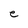
Character: e